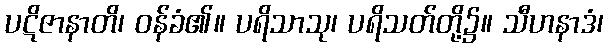
ပဋိဇာနာတိ၊ ဝန်ခံ၏။ ပရိသာသု၊ ပရိသတ်တို့၌။ သီဟနာဒံ၊